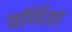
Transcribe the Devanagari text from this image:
वर्णिता